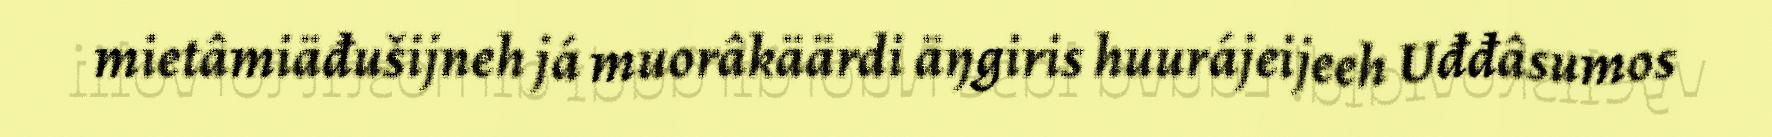
mietâmiäđušijneh já muorâkäärdi äŋgiris huurájeijeeh Uđđâsumos